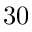
3 0